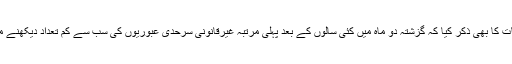
انہوں اس بات کا بھی ذکر کیا کہ گزشتہ دو ماہ میں کئی سالوں کے بعد پہلی مرتبہ غیرقانونی سرحدی عبوریوں کی سب سے کم تعداد دیکھنے میں آئی ہے۔